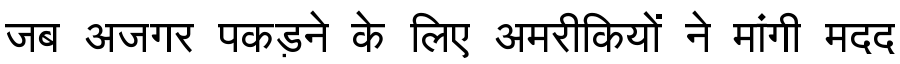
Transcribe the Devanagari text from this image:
जब अजगर पकड़ने के लिए अमरीकियों ने मांगी मदद